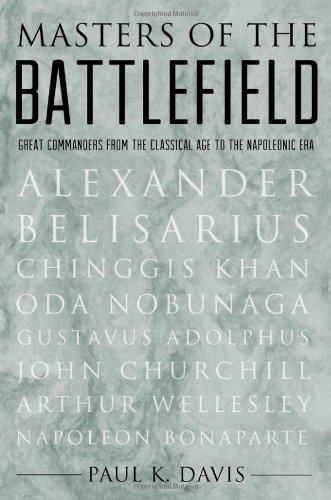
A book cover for Masters of the Battlefield: Great Commanders From the Classical Age to the Napoleonic Era; Paul K. Davis; History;